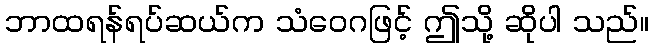
ဘာထရန်ရပ်ဆယ်က သံဝေဂဖြင့် ဤသို့ ဆိုပါ သည်။